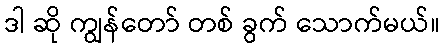
ဒါ ဆို ကျွန်တော် တစ် ခွက် သောက်မယ်။